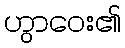
ဟွာဝေး၏